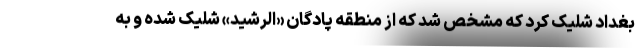
بغداد شلیک کرد که مشخص شد که از منطقه پادگان «الرشید» شلیک شده و به